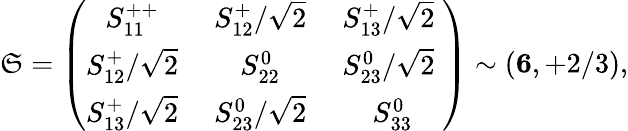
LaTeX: \mathfrak{S}=\left(\begin{array}{ccc}{{S_{11}^{++}\; }}&{{S_{12}^{+}/\sqrt 2\; }}&{{S_{13}^{+}/\sqrt 2\; }}\\ {{S_{12}^{+}/\sqrt 2\; }}&{{S_{22}^{0}\; }}&{{S_{23}^{0}/\sqrt 2\; }}\\ {{S_{13}^{+}/\sqrt 2\; }}&{{S_{23}^{0}/\sqrt 2\; }}&{{S_{33}^{0}}}\end{array}\right)\sim({\mathbf{6}},+2/3),